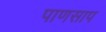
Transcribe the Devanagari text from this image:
पाणसाप